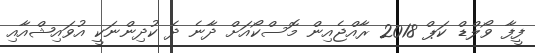
ފީފާ ވޯލްޑް ކަޕް 2018 ރާއްޖެއިން މޮސްކޯއަށް ދާނެ ދެ ކުދިންނަކީ އުވައިޝްއާއި